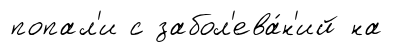
попал'и с забол'ева́н'ий на